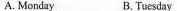
A. Monday B.Tuesday